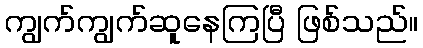
ကျွက်ကျွက်ဆူနေကြပြီ ဖြစ်သည်။